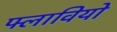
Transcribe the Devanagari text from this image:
फ्लावियो